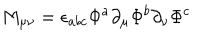
M _ { \mu \nu } = \epsilon _ { a b c } \Phi ^ { a } \partial _ { \mu } \Phi ^ { b } \partial _ { \nu } \Phi ^ { c }